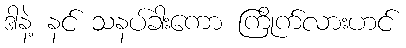
ဒါနဲ့ နင် သနပ်ခါးကော ကြိုက်လားဟင်